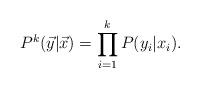
LaTeX: \begin{align*} P^k(\vec{y}|\vec{x}) = \prod_{i=1}^k P(y_i|x_i).\end{align*}